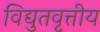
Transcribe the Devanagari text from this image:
विद्युतवृत्तीय